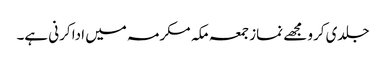
جلدی کرو مجھے نماز جمعہ مکہ مکرمہ میں ادا کرنی ہے۔